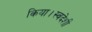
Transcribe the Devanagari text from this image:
किया।स्वदेशी